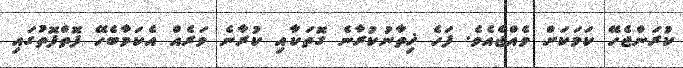
ކުރަންޖެހޭ ކަމަކަށް ވެއްޖެއެވެ. ފަހެ ޚިތާނުކުރާނެ ގޮތަކާއި ކުރާނެ ވަރެއް އެކަމާބެހޭ ފޮތްފޮތުގައި